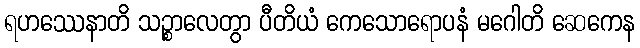
ရဟဿေနာတိ သဉ္စာလေတွာ ပီတိယံ ကေသောရောပနံ မဂေါတိ ဆေကေန